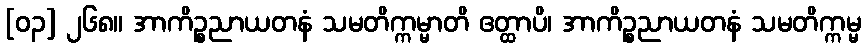
[၀၃] ၂၆၈။ အာကိဉ္စညာယတနံ သမတိက္ကမ္မာတိ ဧတ္ထာပိ၊ အာကိဉ္စညာယတနံ သမတိက္ကမ္မ